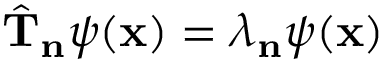
{ \hat { \mathbf { T } } } _ { \mathbf { n } } \psi ( \mathbf { x } ) = \lambda _ { \mathbf { n } } \psi ( \mathbf { x } )